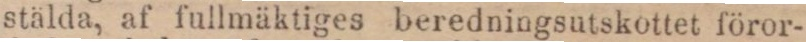
stälda, af fullmäktiges beredningsutskottet föror-